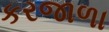
કરજાળા